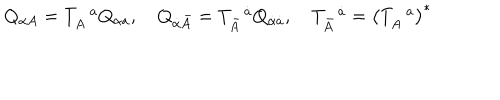
Q _ { \alpha A } = T _ { A } ^ { \, \, \, \, a } Q _ { \alpha a } , \quad Q _ { \dot { \alpha } \bar { A } } = T _ { \bar { A } } ^ { \, \, \, \, \dot { a } } Q _ { \dot { \alpha } \dot { a } } , \quad T _ { \bar { A } } ^ { \, \, \, \, \dot { a } } = \left( T _ { A } ^ { \, \, \, \, a } \right) ^ { * }